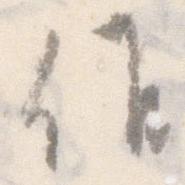
候